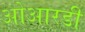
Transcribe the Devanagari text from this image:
ओआरडी